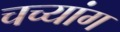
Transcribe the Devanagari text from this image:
चच्यांग